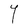
Character: Y